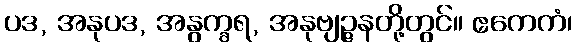
ပဒ, အနုပဒ, အနွက္ခရ, အနုဗျဉ္ဇနတို့တွင်။ ဧကေကံ၊